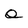
Character: Q